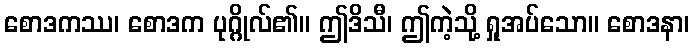
စောဒကဿ၊ စောဒက ပုဂ္ဂိုလ်၏။ ဤဒိသီ၊ ဤကဲ့သို့ ရှုအပ်သော။ စောဒနာ၊